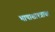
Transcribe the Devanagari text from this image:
भाषाशाश्त्राचा